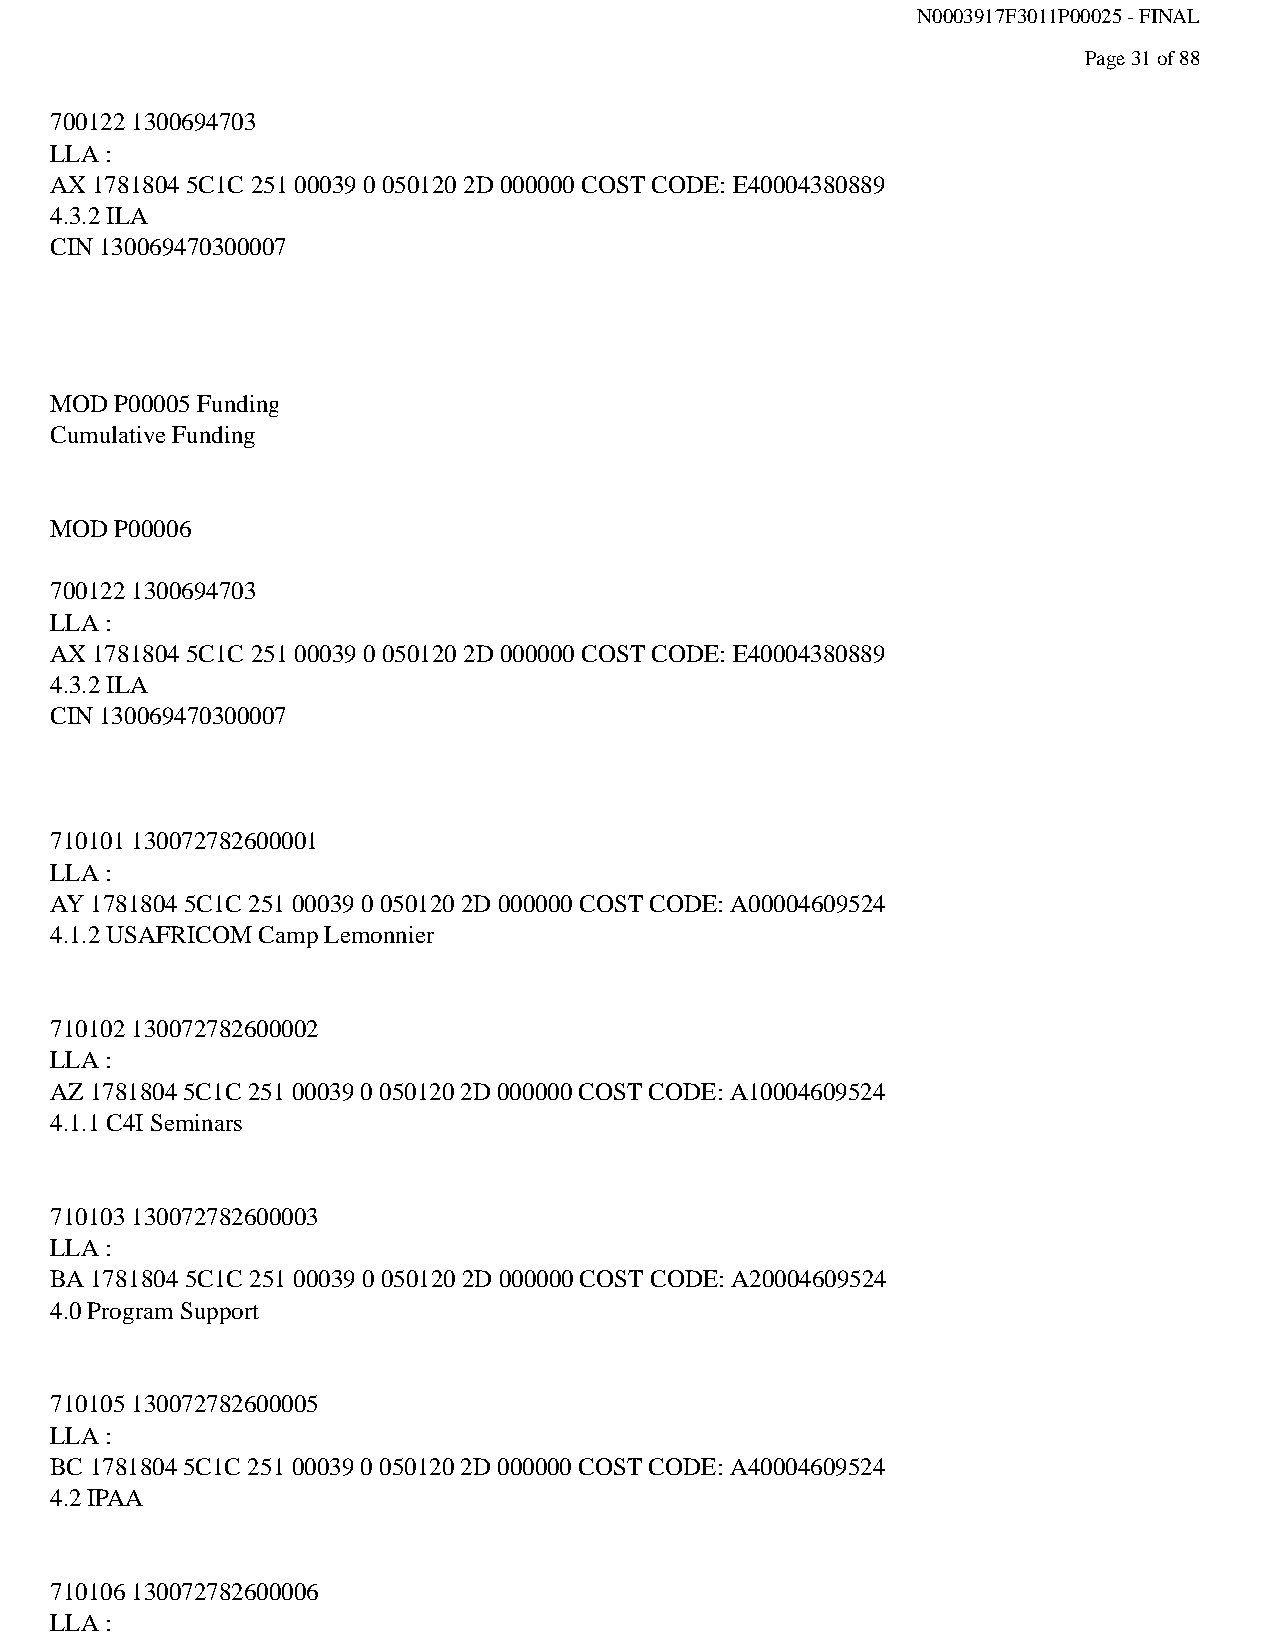
N0003917F3011P00025 - FINAL
 Page 31 of 88
 700122 1300694703
 LLA :
 AX 1781804 5C1C 251 00039 0 050120 2D 000000 COST CODE: E40004380889
 4.3.2 ILA
 CIN 130069470300007
 MOD  P00005 Funding
 Cumulative Funding
 MOD  P00006
 700122 1300694703
 LLA :
 AX 1781804 5C1C 251 00039 0 050120 2D 000000 COST CODE: E40004380889
 4.3.2 ILA
 CIN 130069470300007
 710101 130072782600001
 LLA :
 AY 1781804 5C1C 251 00039 0 050120 2D 000000 COST CODE: A00004609524
 4.1.2 USAFRICOM Camp Lemonnier
 710102 130072782600002
 LLA :
 AZ 1781804 5C1C 251 00039 0 050120 2D 000000 COST CODE: A10004609524
 4.1.1 C4I Seminars
 710103 130072782600003
 LLA :
 BA 1781804 5C1C 251 00039 0 050120 2D 000000 COST CODE: A20004609524
 4.0 Program Support
 710105 130072782600005
 LLA :
 BC 1781804 5C1C 251 00039 0 050120 2D 000000 COST CODE: A40004609524
 4.2 IPAA
 710106 130072782600006
 LLA :